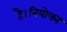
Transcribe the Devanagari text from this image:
है।नियोक्ता